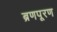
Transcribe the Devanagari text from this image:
ब्रणपूरण